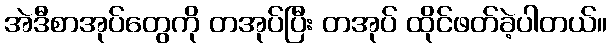
အဲဒီစာအုပ်တွေကို တအုပ်ပြီး တအုပ် ထိုင်ဖတ်ခဲ့ပါတယ်။